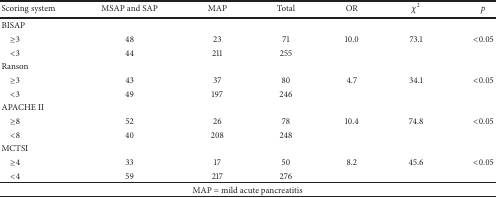
<table><thead><tr><td><b>Scoring system</b></td><td><b>MSAP and SAP</b></td><td><b>MAP</b></td><td><b>Total</b></td><td><b>OR</b></td><td><b><i>χ</i><sup>2</sup></b></td><td><b><i>p</i></b></td></tr></thead><tbody><tr><td>BISAP</td><td> </td><td> </td><td> </td><td> </td><td> </td><td> </td></tr><tr><td> ≥3</td><td>48</td><td>23</td><td>71</td><td>10.0</td><td>73.1</td><td>&lt;0.05</td></tr><tr><td> &lt;3</td><td>44</td><td>211</td><td>255</td><td> </td><td> </td><td> </td></tr><tr><td>Ranson</td><td> </td><td> </td><td> </td><td> </td><td> </td><td> </td></tr><tr><td> ≥3</td><td>43</td><td>37</td><td>80</td><td>4.7</td><td>34.1</td><td>&lt;0.05</td></tr><tr><td> &lt;3</td><td>49</td><td>197</td><td>246</td><td> </td><td> </td><td> </td></tr><tr><td>APACHE II</td><td> </td><td> </td><td> </td><td> </td><td> </td><td> </td></tr><tr><td> ≥8</td><td>52</td><td>26</td><td>78</td><td>10.4</td><td>74.8</td><td>&lt;0.05</td></tr><tr><td> &lt;8</td><td>40</td><td>208</td><td>248</td><td> </td><td> </td><td> </td></tr><tr><td>MCTSI</td><td> </td><td> </td><td> </td><td> </td><td> </td><td> </td></tr><tr><td> ≥4</td><td>33</td><td>17</td><td>50</td><td>8.2</td><td>45.6</td><td>&lt;0.05</td></tr><tr><td> &lt;4</td><td>59</td><td>217</td><td>276</td><td> </td><td> </td><td> </td></tr><tr><td colspan="7">MAP = mild acute pancreatitis</td></tr></tbody></table>